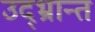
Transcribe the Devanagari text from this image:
उद्‌भ्रान्त